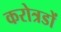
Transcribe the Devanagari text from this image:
करोत्रडों